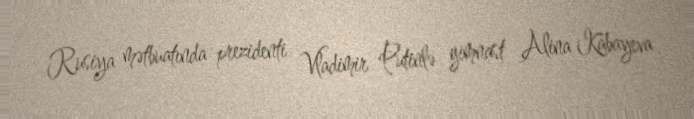
Rusiya mətbuatında prezidenti Vladimir Putinlə gimnast Alina Kabayeva